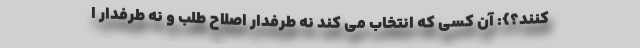
کنند؟}: آن کسی که انتخاب می کند نه طرفدار اصلاح طلب و نه طرفدار ا